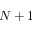
N + 1